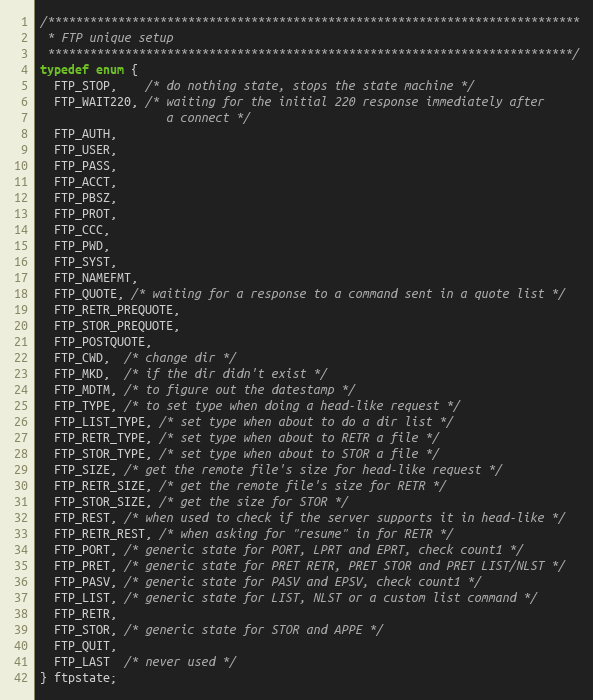
Language: C
/****************************************************************************
 * FTP unique setup
 ***************************************************************************/
typedef enum {
  FTP_STOP,    /* do nothing state, stops the state machine */
  FTP_WAIT220, /* waiting for the initial 220 response immediately after
                  a connect */
  FTP_AUTH,
  FTP_USER,
  FTP_PASS,
  FTP_ACCT,
  FTP_PBSZ,
  FTP_PROT,
  FTP_CCC,
  FTP_PWD,
  FTP_SYST,
  FTP_NAMEFMT,
  FTP_QUOTE, /* waiting for a response to a command sent in a quote list */
  FTP_RETR_PREQUOTE,
  FTP_STOR_PREQUOTE,
  FTP_POSTQUOTE,
  FTP_CWD,  /* change dir */
  FTP_MKD,  /* if the dir didn't exist */
  FTP_MDTM, /* to figure out the datestamp */
  FTP_TYPE, /* to set type when doing a head-like request */
  FTP_LIST_TYPE, /* set type when about to do a dir list */
  FTP_RETR_TYPE, /* set type when about to RETR a file */
  FTP_STOR_TYPE, /* set type when about to STOR a file */
  FTP_SIZE, /* get the remote file's size for head-like request */
  FTP_RETR_SIZE, /* get the remote file's size for RETR */
  FTP_STOR_SIZE, /* get the size for STOR */
  FTP_REST, /* when used to check if the server supports it in head-like */
  FTP_RETR_REST, /* when asking for "resume" in for RETR */
  FTP_PORT, /* generic state for PORT, LPRT and EPRT, check count1 */
  FTP_PRET, /* generic state for PRET RETR, PRET STOR and PRET LIST/NLST */
  FTP_PASV, /* generic state for PASV and EPSV, check count1 */
  FTP_LIST, /* generic state for LIST, NLST or a custom list command */
  FTP_RETR,
  FTP_STOR, /* generic state for STOR and APPE */
  FTP_QUIT,
  FTP_LAST  /* never used */
} ftpstate;